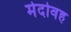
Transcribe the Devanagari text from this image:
मेदोवह